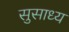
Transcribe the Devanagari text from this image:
सुसाध्‍य